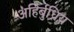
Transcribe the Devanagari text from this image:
अहिर्बुध्निय